Rangoon Lunatic Asylum 1878-1892 - 1878-1892
Year: 1878
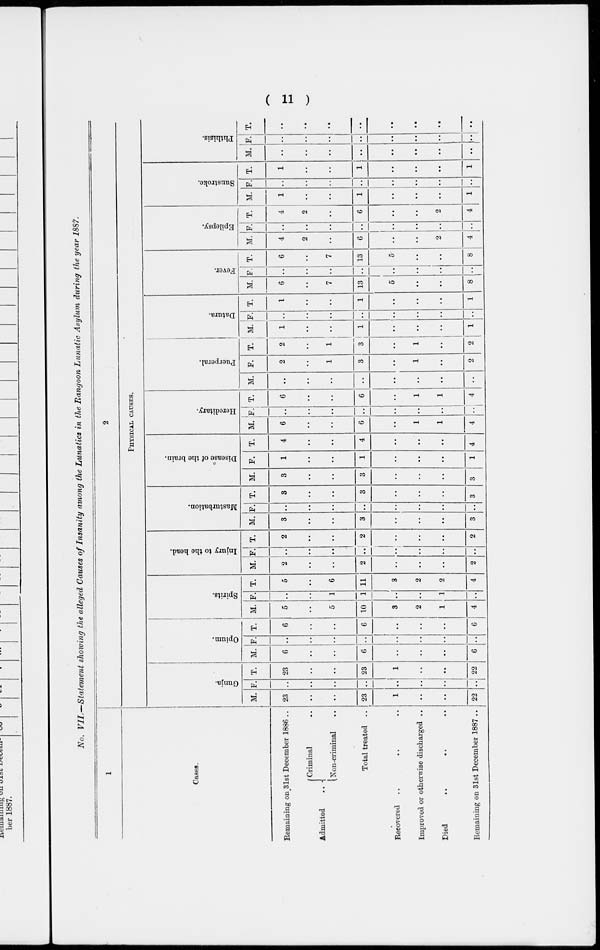
( 11 )
No. VII.—Statement showing the alleged Causes of Insanity among the Lunatics in the Rangoon Lunatic Asylum during the year 1887.
1
Cases.
Remaining on 31st December 1886 ..
Admitted
...
Criminal ..
Non-criminal ..
Total treated ..
Recovered .. .. ..
Improved or otherwise discharged ..
Died
..
..
..
Remaining on 31st December 1887 ..
2
PHYSICAL CAUSES.
Gunja.
M.
23
..
..
23
1
..
..
22
F.
..
..
..
..
..
..
..
..
T.
23
..
..
23
1
..
..
22
Opium.
M.
6
..
..
6
..
..
..
6
F.
..
..
..
..
..
..
..
..
T.
6
..
..
6
..
..
..
6
Spirits.
M.
5
..
5
10
3
2
1
4
F.
..
..
1
1
..
..
1
..
T.
5
..
6
11
3
2
2
4
Injury to the head.
M.
2
..
..
2
..
..
..
2
F.
..
..
..
..
..
..
..
..
T.
2
..
..
2
..
..
..
2
Masturbation.
M.
3
..
..
3
..
..
..
3
F.
..
..
..
..
..
..
..
..
T.
3
..
..
3
..
..
..
3
Disease of the brain.
M.
3
..
..
3
..
..
..
3
F.
1
..
..
1
..
..
..
1
T.
4
..
..
4
..
..
..
4
Hereditary.
M.
6
..
..
6
..
1
1
4
F.
..
..
..
..
..
..
..
..
T.
6
..
..
6
..
1
1
4
Puerperal.
M.
..
..
..
..
..
..
..
..
F.
2
..
1
3
..
1
..
2
T.
2
..
1
3
..
1
..
2
Datura.
M.
1
..
..
1
..
..
..
1
F.
..
..
..
..
..
..
..
..
T.
1
..
..
1
..
..
..
1
Fever.
M.
6
..
7
13
5
..
..
8
F.
..
..
..
..
..
..
..
..
T.
6
..
7
13
5
..
..
8
Epilepsy.
M.
4
2
..
6
..
..
2
4
F.
..
..
..
..
..
..
..
..
T.
4
2
..
6
..
..
2
4
Sunstroke.
M.
1
..
..
1
..
..
..
1
F.
..
..
..
..
..
..
..
..
T.
1
..
..
1
..
..
..
1
Phthisis.
M.
..
..
..
..
..
..
..
..
F.
..
..
..
..
..
..
..
..
T.
..
..
..
..
..
..
..
..